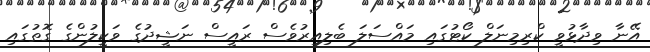
އޭނާ ވިދާޅުވީ ކްރިމިނަލް ކޯޓުގައި މައްސަލަ ބެލިއިރުވެސް ރައީސް ނަޝީދުގެ ވަކީލުންގެ ގޮތުގައި